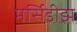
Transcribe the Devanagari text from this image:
मर्सिडीझ